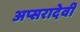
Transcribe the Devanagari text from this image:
अप्सरादेवी